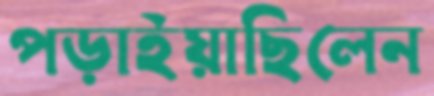
পড়াইয়াছিলেন